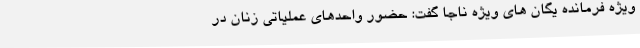
ویژه فرمانده یگان های ویژه ناجا گفت: حضور واحدهای عملیاتی زنان در